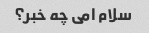
سلام امی چه خبر؟